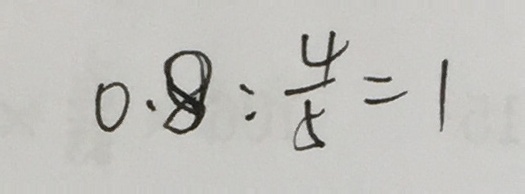
0 . 8 : \frac { 4 } { 5 } = 1